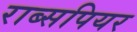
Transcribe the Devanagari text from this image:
राब्सपियर